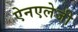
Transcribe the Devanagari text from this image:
ऐनएलेजी